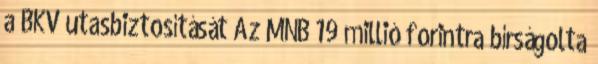
a BKV utasbiztosítását Az MNB 19 millió forintra bírságolta